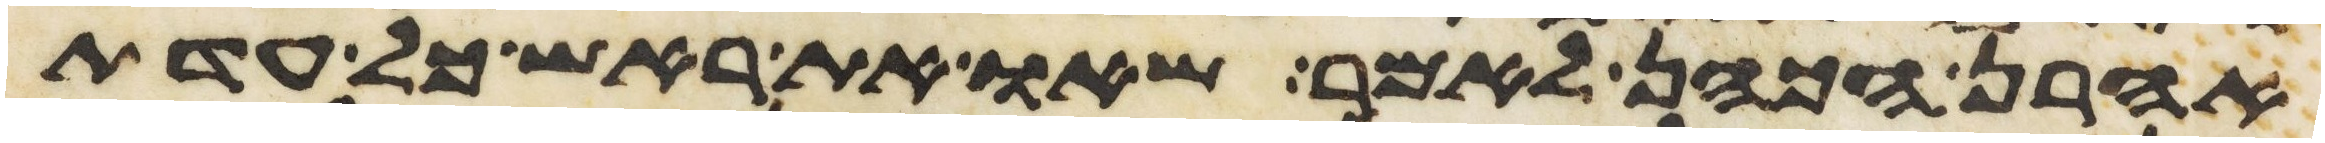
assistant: אהרן הכהן לאמר שאו את ראש כל עדת